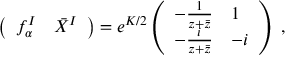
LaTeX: \left( \begin{array} { c c } { { f _ { \alpha } ^ { I } } } & { { \bar { X } ^ { I } } } \end{array} \right) = e ^ { K / 2 } \left( \begin{array} { l l } { { - \frac { 1 } { z + \bar { z } } } } & { { 1 } } \\ { { - \frac { i } { z + \bar { z } } } } & { { - i } } \end{array} \right) \ ,